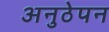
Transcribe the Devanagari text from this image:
अनुठेपन